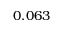
0 . 0 6 3